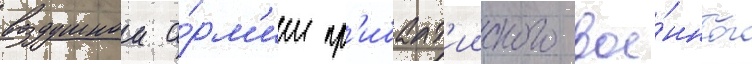
воздушнои а́рм'ии пр'ибалт'ииского вое́нного